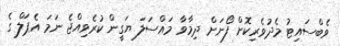
ވެބްސައިޓު މެދުވެރިކޮށް ފޯނަށް ދިމާވާ މައްސަލަ ޔަގީން ކުރެވިއްޖެ ނަމަ އެޕަލް ގެ